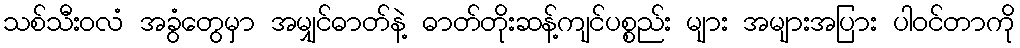
သစ်သီးဝလံ အခွံတွေမှာ အမျှင်ဓာတ်နဲ့ ဓာတ်တိုးဆန့်ကျင်ပစ္စည်း များ အများအပြား ပါဝင်တာကို